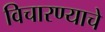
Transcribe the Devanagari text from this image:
विचारण्याचे